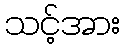
သင့်အား